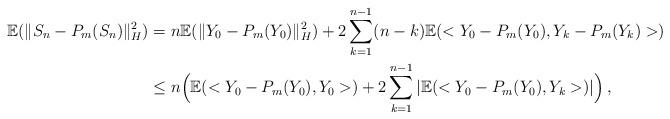
LaTeX: \begin{align*}{\mathbb E} ( \| S_n-P_m(S_n) \|_H^2) &=n {\mathbb E}(\| Y_0-P_m(Y_0) \|_H^2)+ 2 \sum_{k=1}^{n-1} (n-k){\mathbb E}(<Y_0-P_m(Y_0), Y_k-P_m(Y_k)>) \\&\leq n \Big( {\mathbb E}(< Y_0-P_m(Y_0), Y_0> )+ 2 \sum_{k=1}^{n-1} |{\mathbb E}(<Y_0-P_m(Y_0), Y_k>)| \Big)\, ,\end{align*}